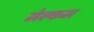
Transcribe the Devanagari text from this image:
मेल्‍कम